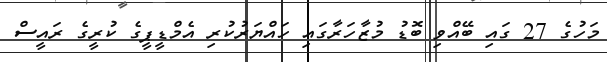
މަހުގެ 27 ގައި ބޭއްވި ބޮޑު މުޒާހަރާގައި ހައްޔަރުކުރި އެމްޑީޕީގެ ކުރީގެ ރައީސް